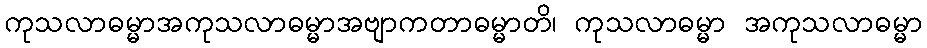
ကုသလာဓမ္မာအကုသလာဓမ္မာအဗျာကတာဓမ္မာတိ၊ ကုသလာဓမ္မာ အကုသလာဓမ္မာ